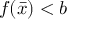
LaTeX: f ( { \bar { x } } ) < b